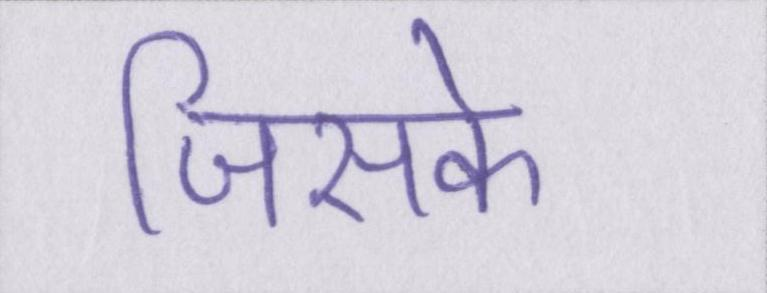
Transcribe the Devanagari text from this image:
जिसके